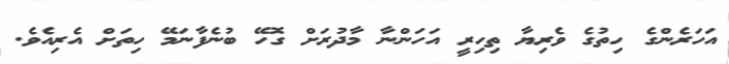
އަހަރެންގެ ހިތުގެ ވެރިޔާ ތިހިރީ އަހަންނާ މާދުރަށް ގޮހޭ ބުނެފާނަމޭ ހިތަށް އެރިއެވެ.